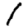
Digit: 1